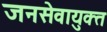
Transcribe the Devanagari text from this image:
जनसेवायुक्‍त